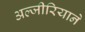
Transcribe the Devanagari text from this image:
अल्जीरियाने